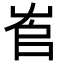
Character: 𡴎